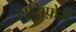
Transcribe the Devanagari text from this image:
लूसिफ़ेरी